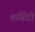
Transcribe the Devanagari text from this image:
कॉर्बेटी